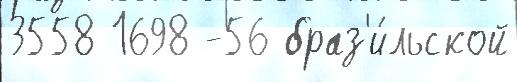
3558 1698 -56 браз'и́льской